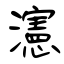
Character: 瀗